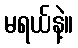
မရယ်နဲ့။